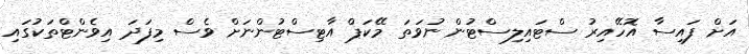
އަށް ފައިސާ އޮހޭއިރު ސްޓައިލިސްޓުން ނުވަތަ މޭކަޕް އާޓިސްޓުންނަށް ވެސް މިފަދަ އިވެންޓްތަކުގައި